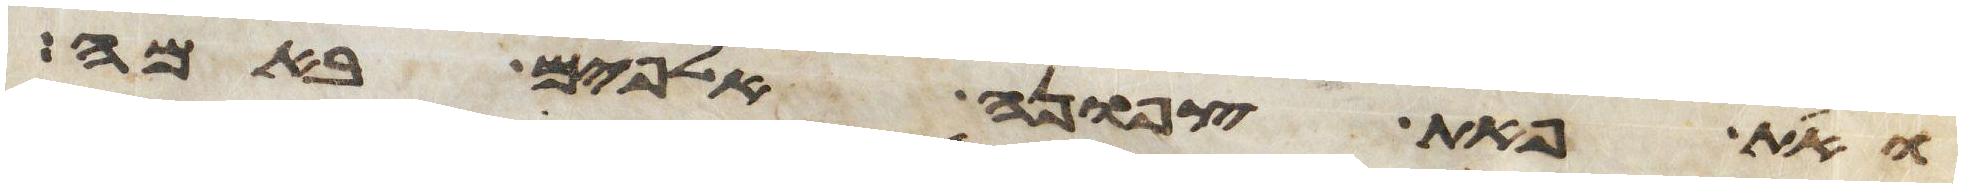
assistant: ואת פאת צפונה אלפים באמה